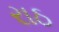
રાઠ